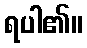
ရပါ၏။